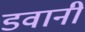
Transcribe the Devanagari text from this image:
डवानी